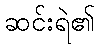
ဆင်းရဲ၏